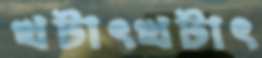
খটাৎখটাৎ